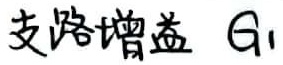
支路增益 \( G_{1} \)